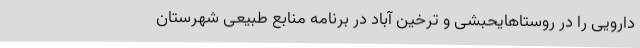
دارویی را در روستاهایحبشی و ترخین آباد در برنامه منابع طبیعی شهرستان